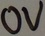
Text: 0V